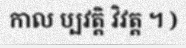
កាល ប្បវត្តិ វិវត្ត ។ )